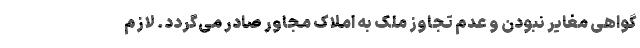
گواهی مغایر نبودن و عدم تجاوز ملک به املاک مجاور صادر می‌گردد. لازم